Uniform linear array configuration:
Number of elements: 24
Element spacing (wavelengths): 1
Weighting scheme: binomial
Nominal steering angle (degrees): -60
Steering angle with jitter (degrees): -60.03
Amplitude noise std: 0.05
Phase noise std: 0.05

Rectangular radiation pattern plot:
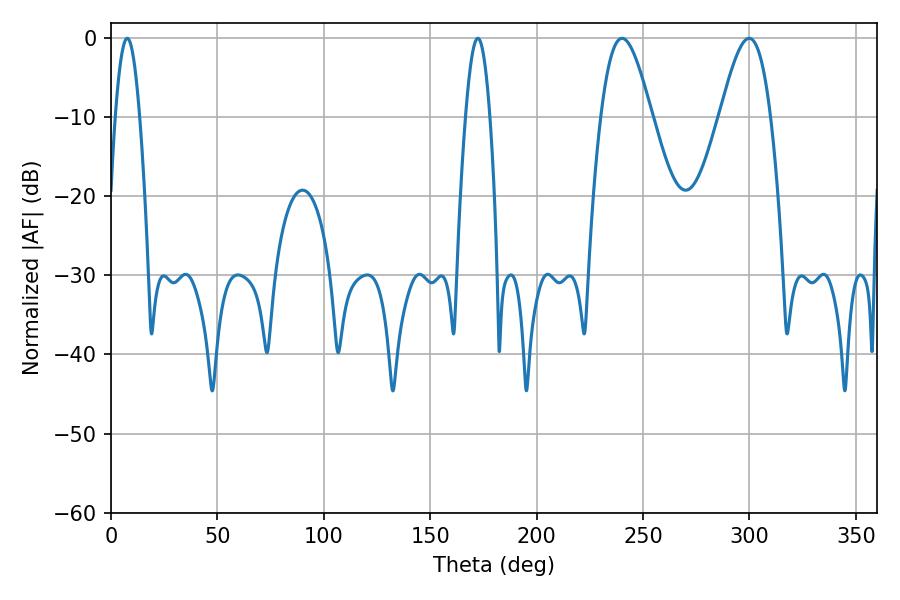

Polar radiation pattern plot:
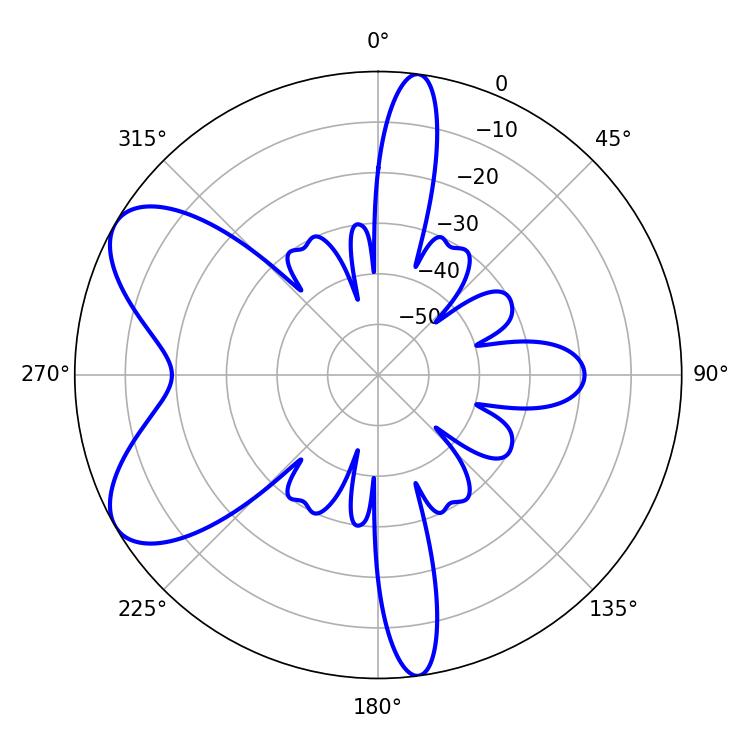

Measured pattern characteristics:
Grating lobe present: TRUE
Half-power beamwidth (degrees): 12.78
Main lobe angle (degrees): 240.12